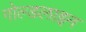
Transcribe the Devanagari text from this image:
गोल्डलाइन